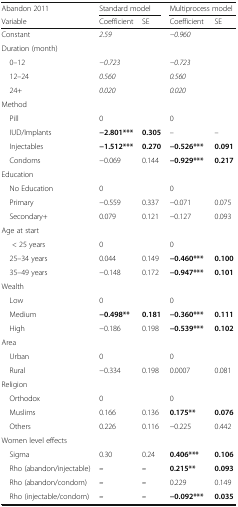
<table><thead><tr><td><b>Abandon 2011</b></td><td colspan="2"><b>Standard model</b></td><td colspan="2"><b>Multiprocess model</b></td></tr><tr><td><b>Variable</b></td><td><b>Coefficient</b></td><td><b>SE</b></td><td><b>Coefficient</b></td><td><b>SE</b></td></tr></thead><tbody><tr><td>Constant</td><td colspan="2"><i>2.59</i></td><td colspan="2"><i>−0.960</i></td></tr><tr><td colspan="5">Duration (month)</td></tr><tr><td> 0–12</td><td colspan="2"><i>−0.723</i></td><td colspan="2"><i>−0.723</i></td></tr><tr><td> 12–24</td><td colspan="2"><i>0.560</i></td><td colspan="2"><i>0.560</i></td></tr><tr><td> 24+</td><td colspan="2"><i>0.020</i></td><td colspan="2"><i>0.020</i></td></tr><tr><td colspan="5">Method</td></tr><tr><td> Pill</td><td colspan="2">0</td><td colspan="2">0</td></tr><tr><td> IUD/Implants</td><td><b>−2.801***</b></td><td><b>0.305</b></td><td>–</td><td>–</td></tr><tr><td> Injectables</td><td><b>−1.512***</b></td><td><b>0.270</b></td><td><b>−0.526***</b></td><td><b>0.091</b></td></tr><tr><td> Condoms</td><td>−0.069</td><td>0.144</td><td><b>−0.929***</b></td><td><b>0.217</b></td></tr><tr><td colspan="5">Education</td></tr><tr><td> No Education</td><td colspan="2">0</td><td colspan="2">0</td></tr><tr><td> Primary</td><td>−0.559</td><td>0.337</td><td>−0.071</td><td>0.075</td></tr><tr><td> Secondary+</td><td>0.079</td><td>0.121</td><td>−0.127</td><td>0.093</td></tr><tr><td colspan="5">Age at start</td></tr><tr><td>&lt; 25 years</td><td colspan="2">0</td><td colspan="2">0</td></tr><tr><td> 25–34 years</td><td>0.044</td><td>0.149</td><td><b>−0.460***</b></td><td><b>0.100</b></td></tr><tr><td> 35–49 years</td><td>−0.148</td><td>0.172</td><td><b>−0.947***</b></td><td><b>0.101</b></td></tr><tr><td colspan="5">Wealth</td></tr><tr><td> Low</td><td colspan="2">0</td><td colspan="2">0</td></tr><tr><td> Medium</td><td><b>−0.498**</b></td><td><b>0.181</b></td><td><b>−0.360***</b></td><td><b>0.111</b></td></tr><tr><td> High</td><td>−0.186</td><td>0.198</td><td><b>−0.539***</b></td><td><b>0.102</b></td></tr><tr><td colspan="5">Area</td></tr><tr><td> Urban</td><td colspan="2">0</td><td colspan="2">0</td></tr><tr><td> Rural</td><td>−0.334</td><td>0.198</td><td>0.0007</td><td>0.081</td></tr><tr><td colspan="5">Religion</td></tr><tr><td> Orthodox</td><td colspan="2">0</td><td colspan="2">0</td></tr><tr><td> Muslims</td><td>0.166</td><td>0.136</td><td><b>0.175**</b></td><td><b>0.076</b></td></tr><tr><td> Others</td><td>0.226</td><td>0.116</td><td>−0.225</td><td>0.442</td></tr><tr><td colspan="5">Women level effects</td></tr><tr><td> Sigma</td><td>0.30</td><td>0.24</td><td><b>0.406***</b></td><td><b>0.106</b></td></tr><tr><td> Rho (abandon/injectable)</td><td><b><i>–</i></b></td><td><b><i>–</i></b></td><td><b>0.215**</b></td><td><b>0.093</b></td></tr><tr><td> Rho (abandon/condom)</td><td><b><i>–</i></b></td><td><b><i>–</i></b></td><td>0.229</td><td>0.149</td></tr><tr><td> Rho (injectable/condom)</td><td><b><i>–</i></b></td><td><b><i>–</i></b></td><td><b>−0.092***</b></td><td><b>0.035</b></td></tr></tbody></table>